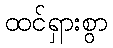
ထင်ရှားစွာ